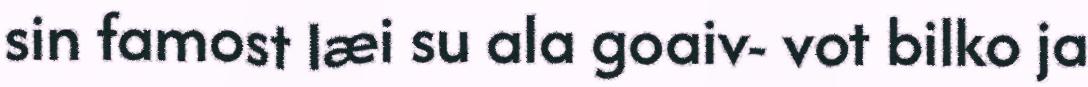
sin famost læi su ala goaiv- vot bilko ja